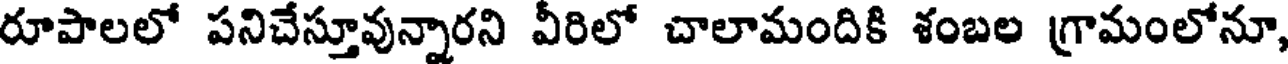
రూపాలలో పనిచేస్తూవున్నారని వీరిలో చాలామందికి శంబల గ్రామంలోనూ,